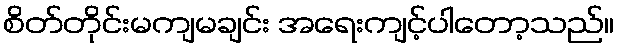
စိတ်တိုင်းမကျမချင်း အရေးကျင့်ပါတော့သည်။